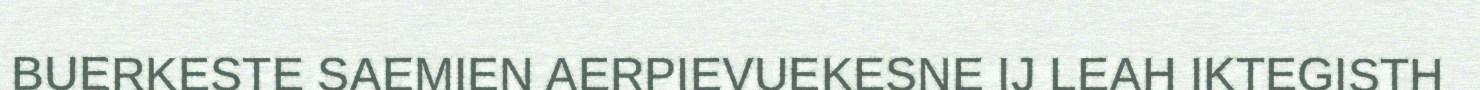
BUERKESTE SAEMIEN AERPIEVUEKESNE IJ LEAH IKTEGISTH